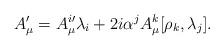
LaTeX: \begin{align*}A_{\mu}^{\prime} = A^{i \prime}_{\mu} \lambda_i + 2 i \alpha^j A^k_{\mu}[\rho_k, \lambda_j].\end{align*}